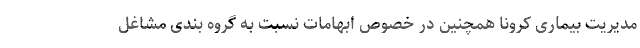
مدیریت بیماری کرونا همچنین در خصوص ابهامات نسبت به گروه بندی مشاغل